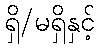
ရှိ/မရှိနှင့်